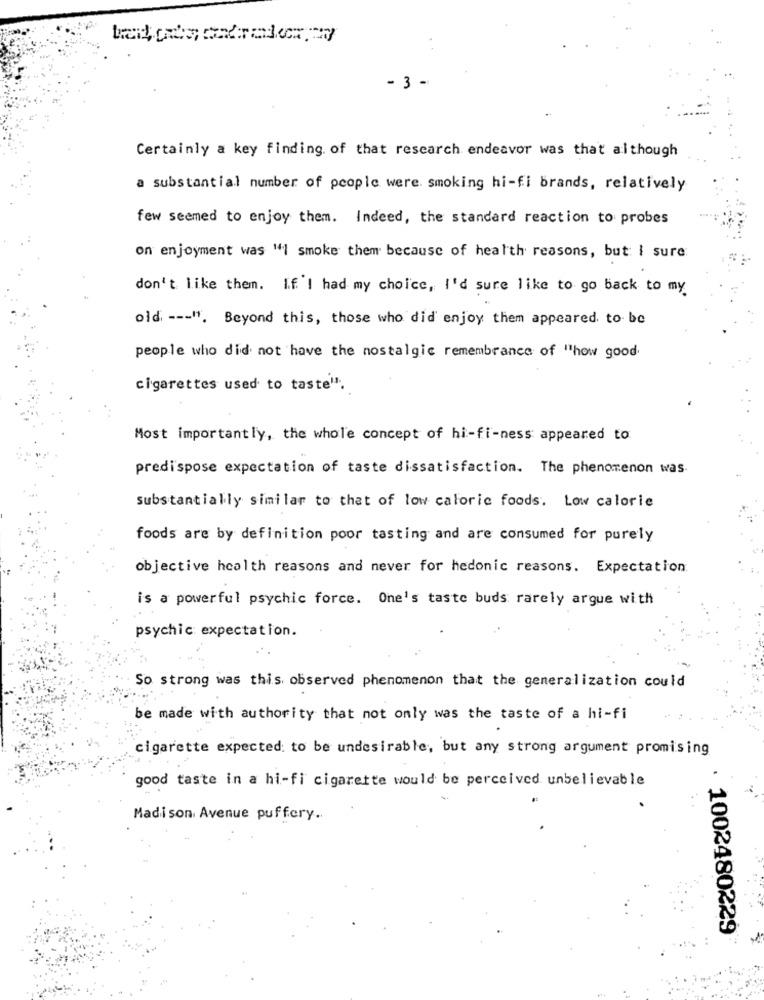
- 3 -
Certainly a key finding of that research endeavor was that although
a substantial number of people were. smoking hi-fi brands, relatively
few seemed to enjoy them. Indeed, the standard reaction to probes
on enjoyment was "1 smoke them because of health reasons, but I sure
don't like them. If I had my choice, I'd sure like to go back to my
old --- "". Beyond this, those who did enjoy them appeared. to be
people who did not have the nostalgic remembrance of "how good
cigarettes used to taste".
Most importantly, the whole concept of hi-fi-ness appeared to
predispose expectation of taste dissatisfaction. The phenomenon was
substantially similar to that of low caloric foods. Low calorie
foods are by definition poor tasting and are consumed for purely
objective health reasons and never for hedonic reasons. Expectation
is a powerful psychic force. One's taste buds rarely argue with
psychic: expectation.
So strong was this observed phenomenon that the generalization could
be made with authority that not only was the taste of a hi-fi
cigarette expected to be undesirable, but any strong argument promising
good taste in a hi-fi cigarette would be perceived unbelievable
Madison Avenue puffery ..
1002480229